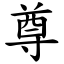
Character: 尊